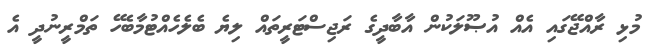
މުޅި ރާއްޖޭގައި އެއް އުޞޫލަކުން އާބާދީގެ ރަޖިސްޓަރީތައް ލިޔެ ބެލެހެއްޓުމާބެހޭ ތަމްރީނުދީ އެ